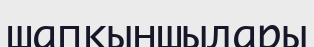
шапқыншылары